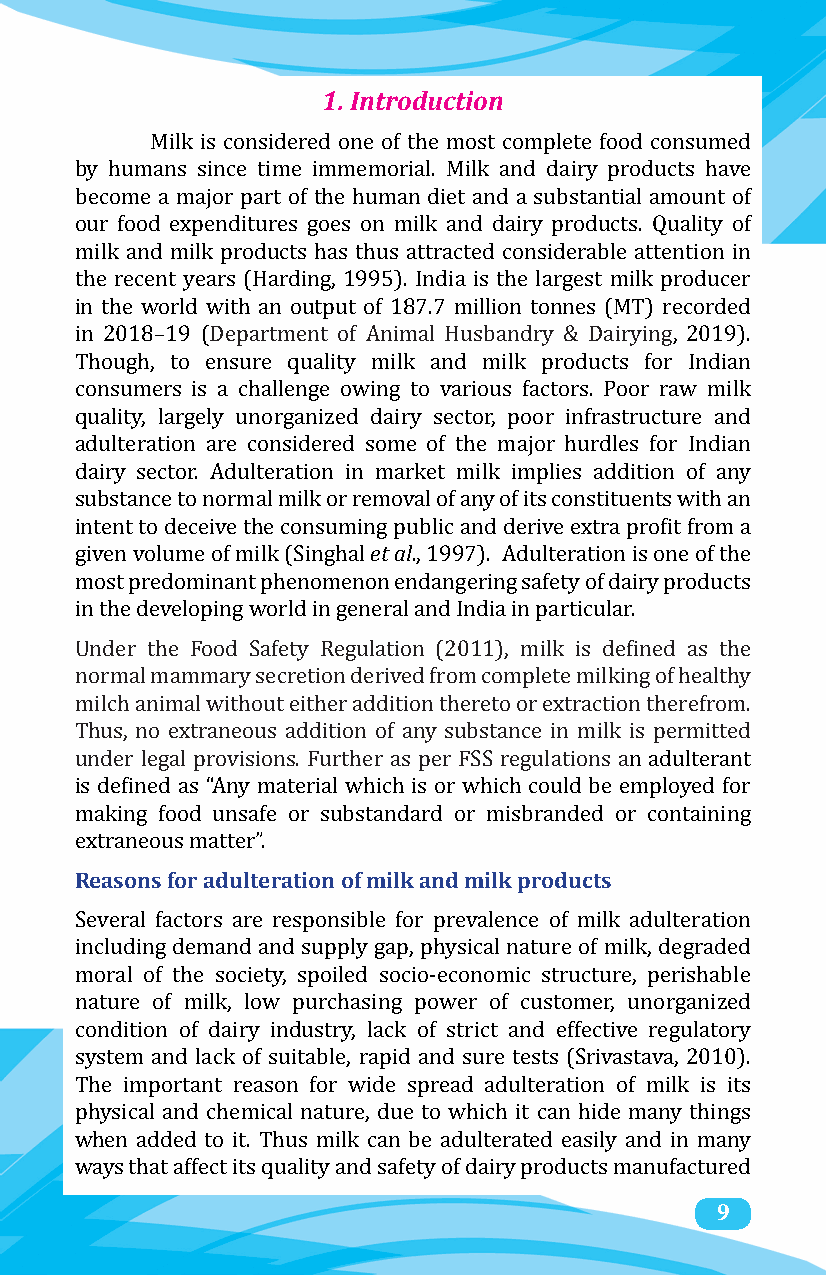
1. Introduction
 Milk is considered one of the most complete food consumed
 by humans since time immemorial. Milk and dairy products have
 become a major part of the human diet and a substantial amount of
 our food expenditures goes on milk and dairy products. Quality of
 milk and milk products has thus attracted considerable attention in
 the recent years (Harding, 1995). India is the largest milk producer
 in the world with an output of 187.7 million tonnes (MT) recorded
 in 2018–19 (Department of Animal Husbandry & Dairying, 2019).
 Though, to ensure quality milk and milk products for Indian
 consumers is a challenge owing to various factors. Poor raw milk
 quality, largely unorganized dairy sector, poor infrastructure and
 adulteration are considered some of the major hurdles for Indian
 dairy sector. Adulteration in market milk implies addition of any
 substance to normal milk or reemt oavlal of any of its constituents with an
 intent to deceive the consuming public and derive extra profit from a
 given volume of milk (Singhal ., 1997). Adulteration is one of the
 most predominant phenomenon endangering safety of dairy products
 in the developing world in general and India in particular.
 Under the Food Safety Regulation (2011), milk is defined as the
 normal mammary secretion derived from complete milking of healthy
 milch animal without either addition thereto or extraction therefrom.
 Thus, no extraneous addition of any substance in milk is permitted
 under legal provisions. Further as per FSS regulations an adulterant
 is defined as “Any material which is or which could be employed for
 making food unsafe or substandard or misbranded or containing
 Reasons for adulteration of milk and milk products
 extraneous matter”.
 Several factors are responsible for prevalence of milk adulteration
 including demand and supply gap, physical nature of milk, degraded
 moral of the society, spoiled socio-economic structure, perishable
 nature of milk, low purchasing power of customer, unorganized
 condition of dairy industry, lack of strict and effective regulatory
 system and lack of suitable, rapid and sure tests (Srivastava, 2010).
 The important reason for wide spread adulteration of milk is its
 physical and chemical nature, due to which it can hide many things
 when added to it. Thus milk can be adulterated easily and in many
 ways that affect its quality and safety of dairy products manufactu9red